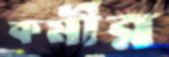
কর্মীর